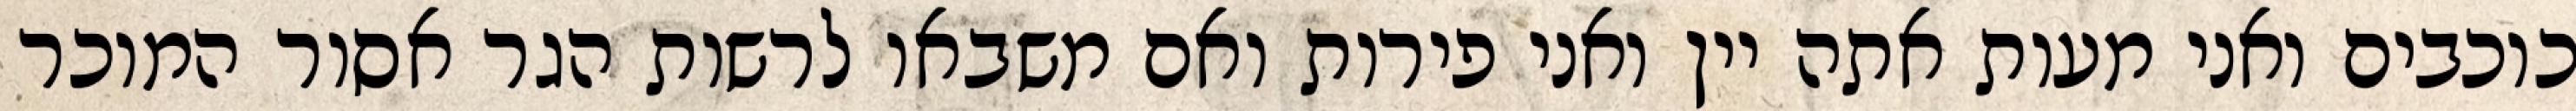
כוכבים ואני מעות אתה יין ואני פירות ואם משבאו לרשות הגר אסור המוכר